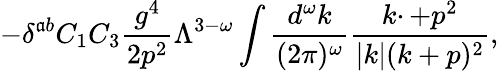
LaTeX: -\delta^{\mathfrak{a}b}C_{1}C_{3}{\frac{{g^{4}}}{{2p^{2}}}}\Lambda^{3-\omega}\int{\frac{{d^{\omega}k}}{{(2\pi)^{\omega}}}}{\frac{{k\cdotp+p^{2}}}{{|k|(k+p)^{2}}}},